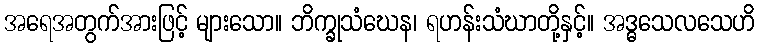
အရေအတွက်အားဖြင့် များသော။ ဘိက္ခုသံဃေန၊ ရဟန်းသံဃာတို့နှင့်။ အဒ္ဓသေလသေဟိ